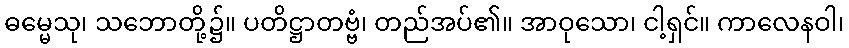
ဓမ္မေသု၊ သဘောတို့၌။ ပတိဋ္ဌာတဗ္ဗံ၊ တည်အပ်၏။ အာဝုသော၊ ငါ့ရှင်။ ကာလေနဝါ၊